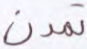
تمدن